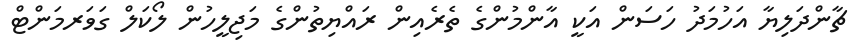
ޗާންދަލިޔާ އަހުމަދު ހަސަން އަކީ އާންމުންގެ ތެރެއިން ރައްޔިތުންގެ މަޖިލީހުން ލޯކަލް ގަވަރމަންޓް